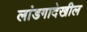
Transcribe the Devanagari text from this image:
लांडगादेखील